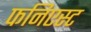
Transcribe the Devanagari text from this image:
फनिएस्ट